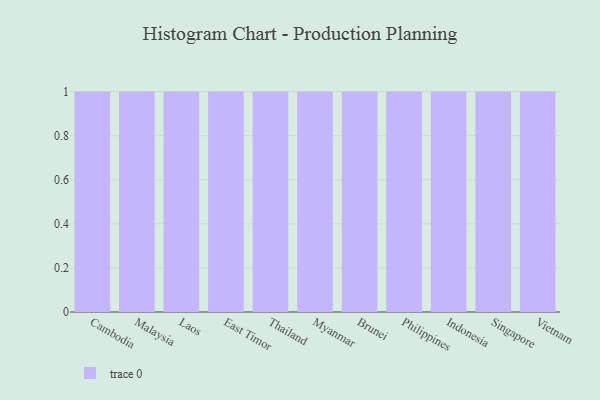
{"axis": {"x": "Country", "y": "Bounce Rate (%)"}, "legend": [""], "data": [{"x": "Cambodia", "y": 62, "type": ""}, {"x": "Malaysia", "y": 7, "type": ""}, {"x": "Laos", "y": 94, "type": ""}, {"x": "East Timor", "y": 40, "type": ""}, {"x": "Thailand", "y": 86, "type": ""}, {"x": "Myanmar", "y": 74, "type": ""}, {"x": "Brunei", "y": 99, "type": ""}, {"x": "Philippines", "y": 94, "type": ""}, {"x": "Indonesia", "y": 3, "type": ""}, {"x": "Singapore", "y": 41, "type": ""}, {"x": "Vietnam", "y": 15, "type": ""}]}